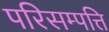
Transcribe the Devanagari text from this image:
परिसम्‍पत्ति